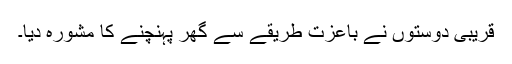
قریبی دوستوں نے باعزت طریقے سے گھر پہنچنے کا مشورہ دیا۔